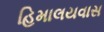
હિમાલયવાસ